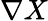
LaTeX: \nabla X